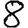
Digit: 8